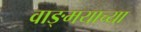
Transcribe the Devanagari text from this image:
वाङ्‍मयाच्या